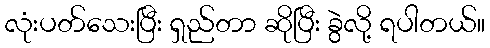
လုံးပတ်သေးပြီး ရှည်တာ ဆိုပြီး ခွဲလို့ ရပါတယ်။